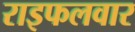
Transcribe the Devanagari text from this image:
राइफलवार